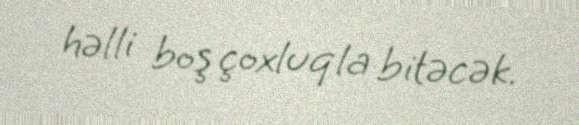
həlli boş çoxluqla bitəcək.